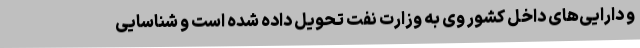
و دارایی‌های داخل کشور وی به وزارت نفت تحویل داده شده است و شناسایی